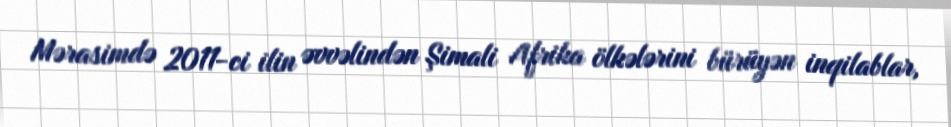
Mərasimdə 2011-ci ilin əvvəlindən Şimali Afrika ölkələrini bürüyən inqilablar,